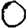
Digit: 0